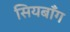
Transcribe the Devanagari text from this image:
सियबाँग